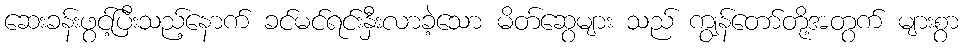
ဆေးခန်းဖွင့်ပြီးသည့်နောက် ခင်မင်ရင်းနှီးလာခဲ့သော မိတ်ဆွေများ သည် ကျွန်တော်တို့အတွက် များစွာ